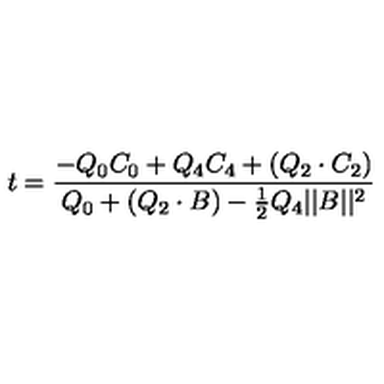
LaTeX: t = { \frac { - Q _ { 0 } C _ { 0 } + Q _ { 4 } C _ { 4 } + ( Q _ { 2 } \cdot C _ { 2 } ) } { Q _ { 0 } + ( Q _ { 2 } \cdot B ) - { \frac { 1 } { 2 } } Q _ { 4 } | | B | | ^ { 2 } } }